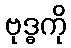
ဗုဒ္ဓကို